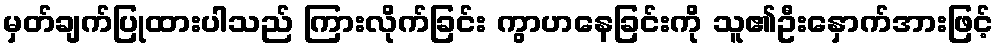
မှတ်ချက်ပြုထားပါသည် ကြားလိုက်ခြင်း ကွာဟနေခြင်းကို သူ၏ဦးနှောက်အားဖြင့်